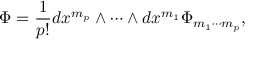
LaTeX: \Phi = \frac { 1 } { p ! } d x ^ { m _ { p } } \wedge \cdots \wedge d x ^ { m _ { 1 } } \Phi _ { m _ { 1 } \cdots m _ { p } } ,